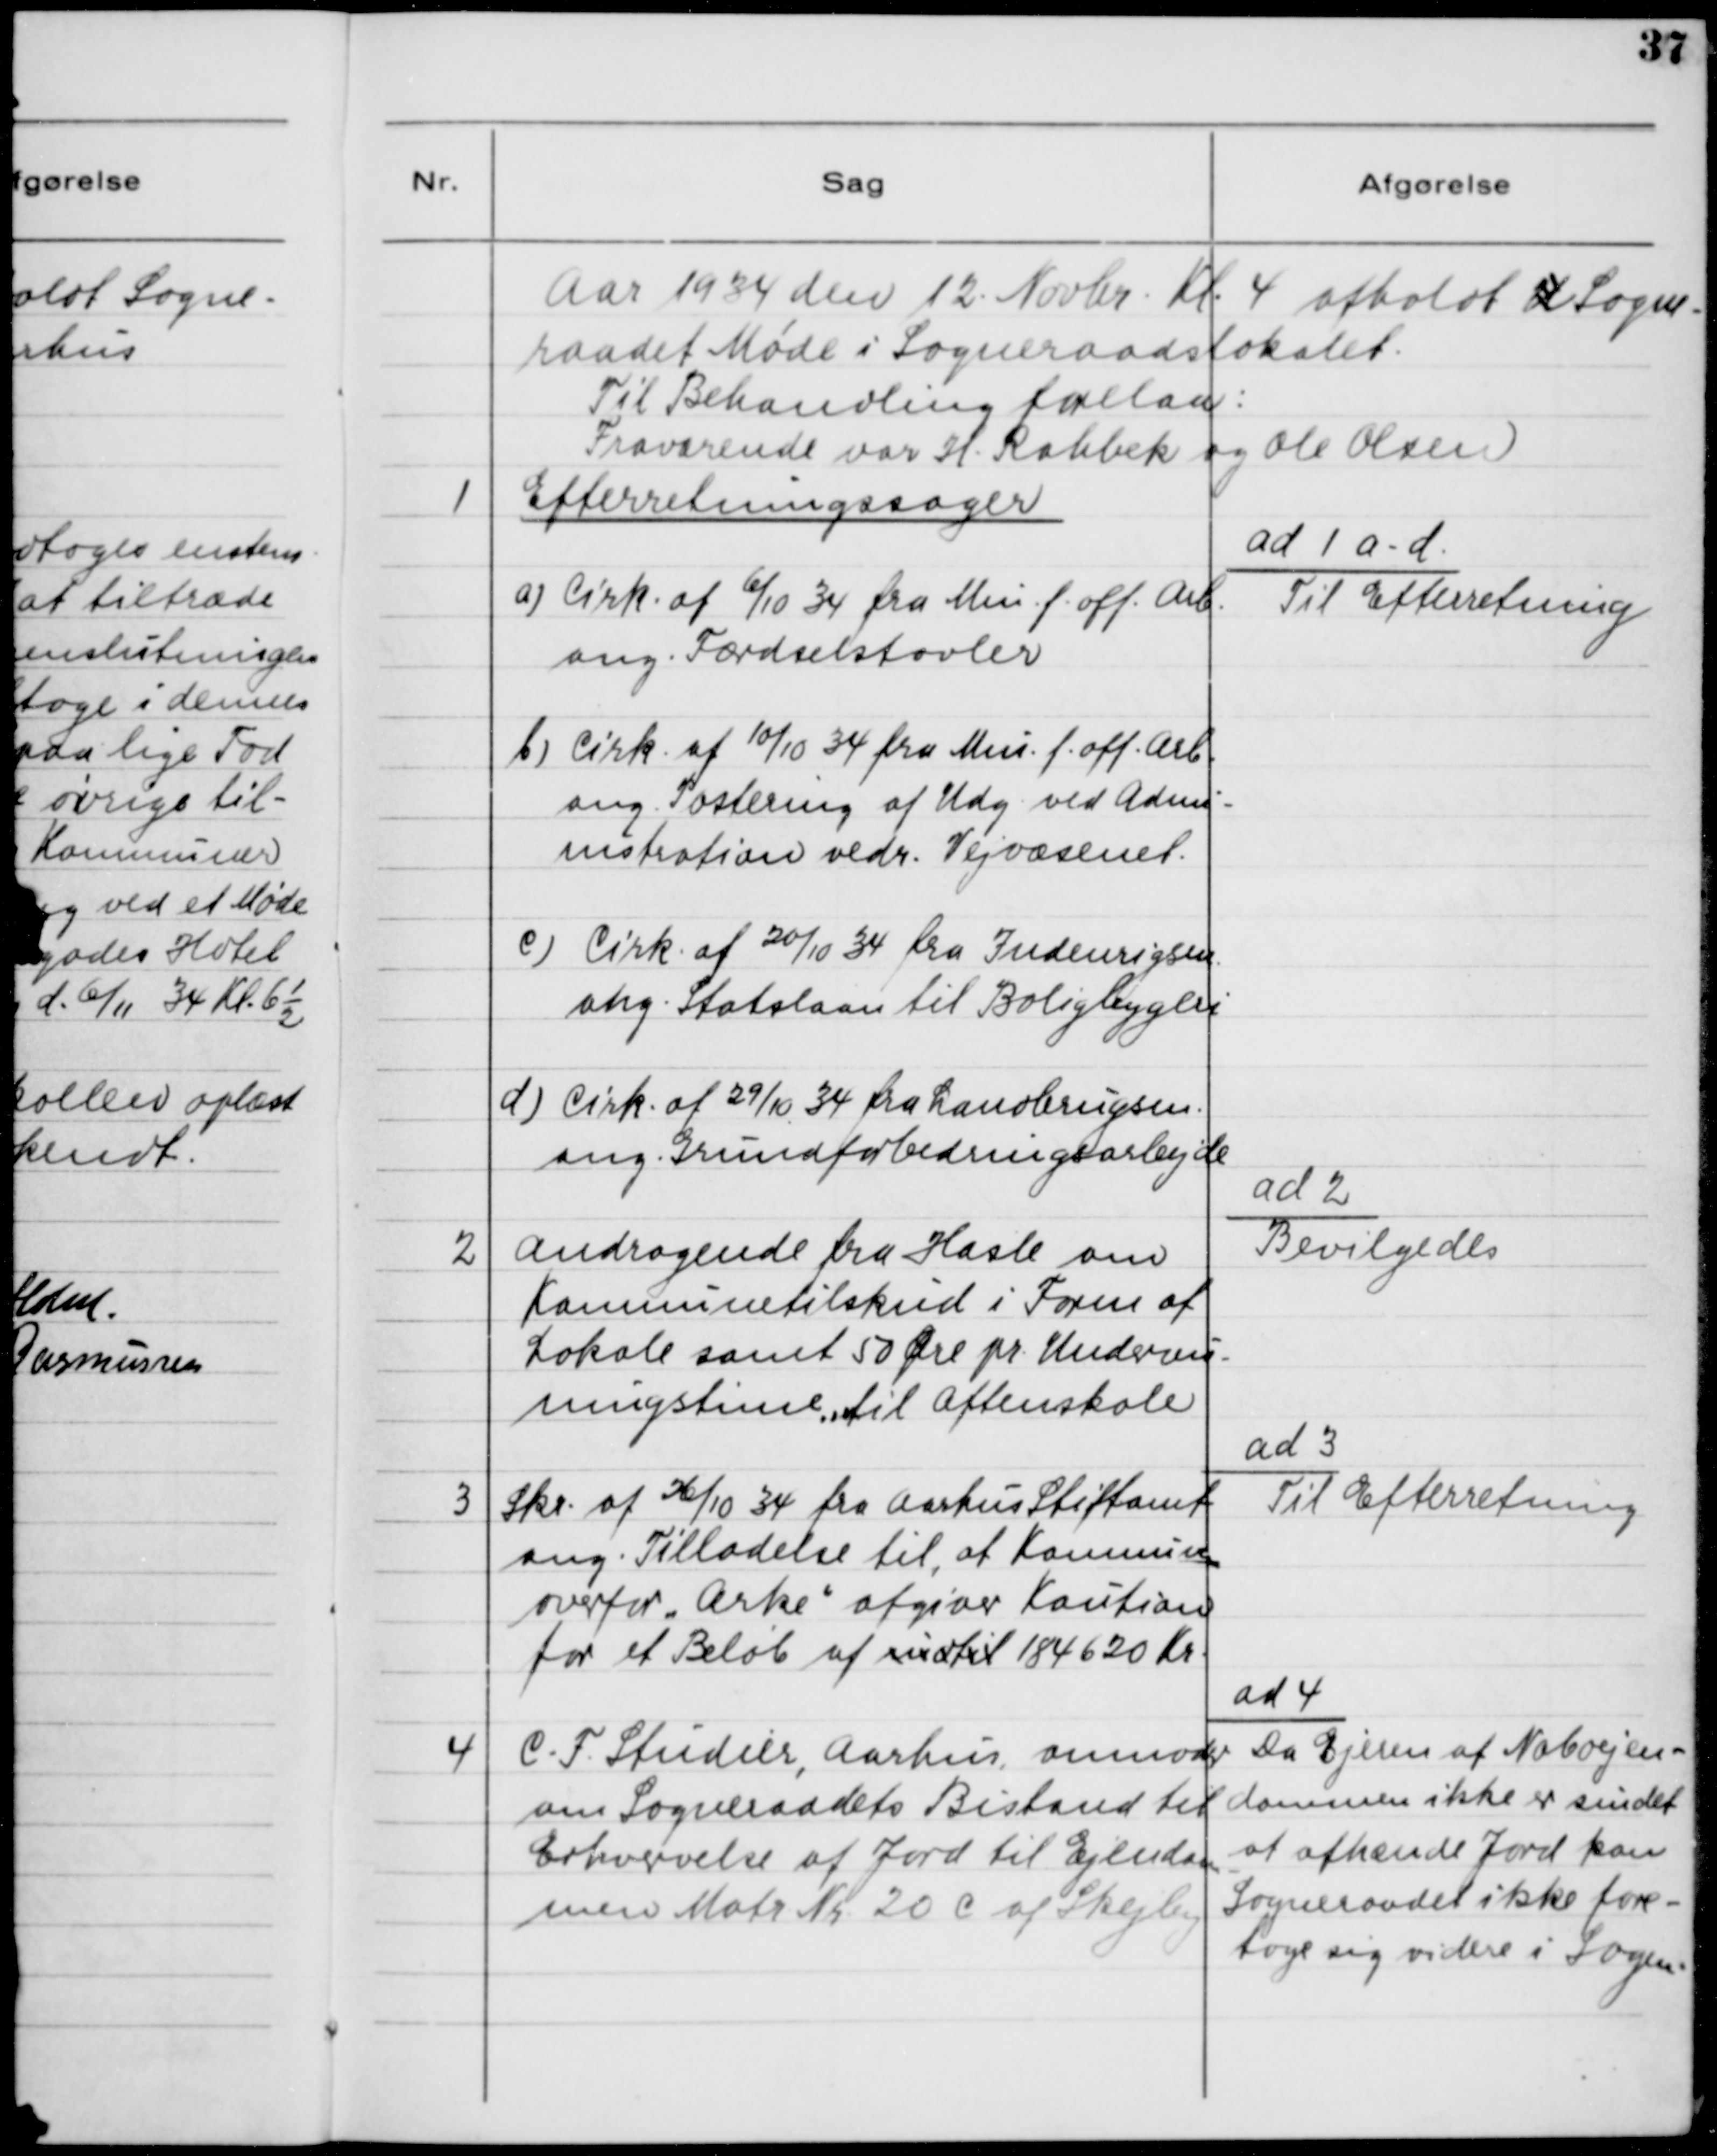
Transskription:
Aar 1934 den 12. Novbr. Kl. 4 afholdt U Sogne-
raadet Møde i Sogneraadslokalet.
Til Behandling forelaa:
Fraværende var H. Rahbek og Ole Olsen

1

Efterretningssager
a) Cirk. af 6/10 34 fra Min. f. off. Arb.
ang. Færdselstavler
b) Cirk. af 10/10 34 fra Min. f. off. Arb.
ang. Postering af Udg. ved Admin-
nistration vedr. Vejvæsenet.
c) Cirk. af 20/10 34 fra Indenrigsm.
ang. Statslaan til Boligbyggeri
d) Cirk. af 29/10 34 fra Landbrugsm.
ang. Grundforbedringsarbejde

ad 1 a-d
Til Efterretning

2

Andragende fra Hasle om
Kommunetilskud i Form af
Lokale samt 50 Øre pr. Undervis-
ningstime til Aftenskole.

ad 2.
Bevilges

3

Skr. af 16/10 34 fra Aarhus Stiftamt
ang. Tilladelse til at Kommunen
overfor "Arke" afgiver Kaution
for et Beløb af indtil 184620 Kr.

ad 3.
Til Efterretning

4

C. F. Studier, Aarhus anmoder  
om Sogneraadets Bistand til
Erhvervelse af Jord til Ejendom-
men Matr. Nr. 20 c af Skejby.

ad 4.
Da ejeren af Naboejen-
dommen ikke er sindet
at afhænde Jord kan
Sogneraadet ikke fore-
tage sig videre i Sagen.